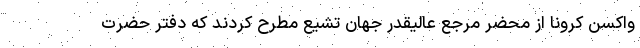
واکسن کرونا از محضر مرجع عالیقدر جهان تشیع مطرح کردند که دفتر حضرت